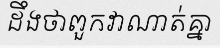
ដឹងថាពួកវាណាត់គ្នា